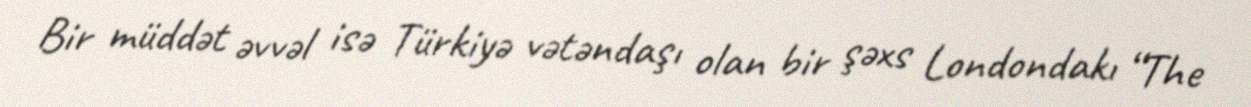
Bir müddət əvvəl isə Türkiyə vətəndaşı olan bir şəxs Londondakı “The